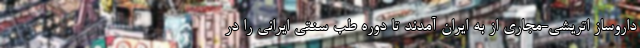
داروساز اتریشی-مجاری از به ایران آمدند تا دوره طب سنتی ایرانی را در